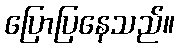
ပြောပြနေသည်။